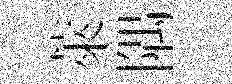
萊隅